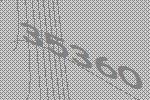
35360